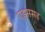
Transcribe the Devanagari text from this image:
एड्ससह